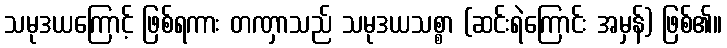
သမုဒယကြောင့် ဖြစ်ရကား တဏှာသည် သမုဒယသစ္စာ (ဆင်းရဲကြောင်း အမှန်) ဖြစ်၏။